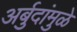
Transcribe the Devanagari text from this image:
अर्बुदांमुळे